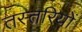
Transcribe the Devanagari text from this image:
तस्तरियों